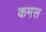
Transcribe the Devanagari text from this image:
कमस